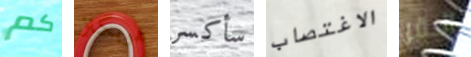
كم هوبكنز سأكسر الاغتصاب البقر